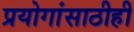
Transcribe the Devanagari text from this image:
प्रयोगांसाठीही